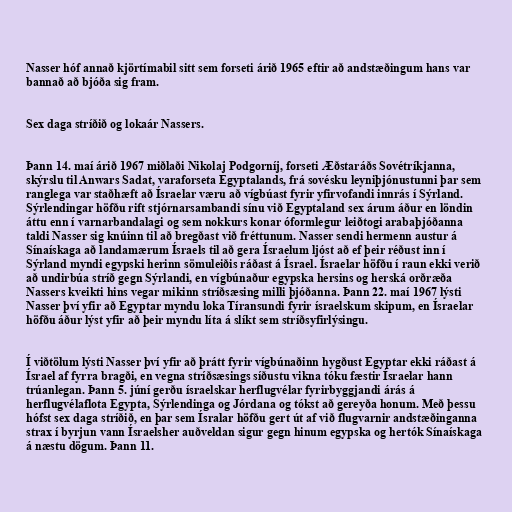
Nasser hóf annað kjörtímabil sitt sem forseti árið 1965 eftir að andstæðingum hans var
bannað að bjóða sig fram.

Sex daga stríðið og lokaár Nassers.

Þann 14. maí árið 1967 miðlaði Nikolaj Podgorníj, forseti Æðstaráðs Sovétríkjanna,
skýrslu til Anwars Sadat, varaforseta Egyptalands, frá sovésku leyniþjónustunni þar sem
ranglega var staðhæft að Ísraelar væru að vígbúast fyrir yfirvofandi innrás í Sýrland.
Sýrlendingar höfðu rift stjórnarsambandi sínu við Egyptaland sex árum áður en löndin
áttu enn í varnarbandalagi og sem nokkurs konar óformlegur leiðtogi arabaþjóðanna
taldi Nasser sig knúinn til að bregðast við fréttunum. Nasser sendi hermenn austur á
Sínaískaga að landamærum Ísraels til að gera Ísraelum ljóst að ef þeir réðust inn í
Sýrland myndi egypski herinn sömuleiðis ráðast á Ísrael. Ísraelar höfðu í raun ekki verið
að undirbúa stríð gegn Sýrlandi, en vígbúnaður egypska hersins og herská orðræða
Nassers kveikti hins vegar mikinn stríðsæsing milli þjóðanna. Þann 22. maí 1967 lýsti
Nasser því yfir að Egyptar myndu loka Tíransundi fyrir ísraelskum skipum, en Ísraelar
höfðu áður lýst yfir að þeir myndu líta á slíkt sem stríðsyfirlýsingu.

Í viðtölum lýsti Nasser því yfir að þrátt fyrir vígbúnaðinn hygðust Egyptar ekki ráðast á
Ísrael af fyrra bragði, en vegna stríðsæsings síðustu vikna tóku fæstir Ísraelar hann
trúanlegan. Þann 5. júní gerðu ísraelskar herflugvélar fyrirbyggjandi árás á
herflugvélaflota Egypta, Sýrlendinga og Jórdana og tókst að gereyða honum. Með þessu
hófst sex daga stríðið, en þar sem Ísralar höfðu gert út af við flugvarnir andstæðinganna
strax í byrjun vann Ísraelsher auðveldan sigur gegn hinum egypska og hertók Sínaískaga
á næstu dögum. Þann 11.